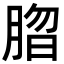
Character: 䐇